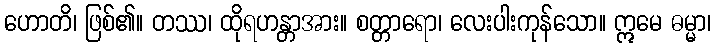
ဟောတိ၊ ဖြစ်၏။ တဿ၊ ထိုရဟန္တာအား။ စတ္တာရော၊ လေးပါးကုန်သော။ ဣမေ ဓမ္မာ၊